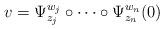
LaTeX: \begin{align*}v=\Psi^{w_j}_{z_j}\circ\cdots\circ\Psi^{w_n}_{z_n}(0)\end{align*}